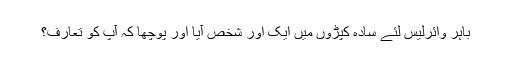
باہر وائرلیس لئے سادہ کپڑوں میں ایک اور شخص آیا اور پوچھا کہ آپ کو تعارف؟